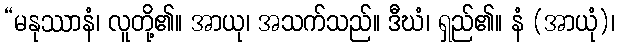
“မနုဿာနံ၊ လူတို့၏။ အာယု၊ အသက်သည်။ ဒီဃံ၊ ရှည်၏။ နံ (အာယုံ)၊